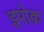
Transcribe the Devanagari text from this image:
इपोक़